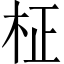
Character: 柾